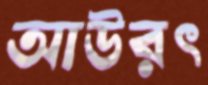
আউরৎ